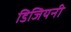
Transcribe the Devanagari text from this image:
डिजियनी